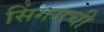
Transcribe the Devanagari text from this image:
सिंगमची